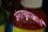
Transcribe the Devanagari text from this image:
अंगरख्याखाली